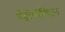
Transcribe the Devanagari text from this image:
मैट्रोपॉलिटन